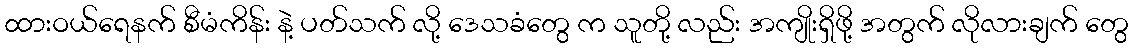
ထားဝယ်ရေနက် စီမံကိန်း နဲ့ ပတ်သက် လို့ ဒေသခံတွေ က သူတို့ လည်း အကျိုးရှိဖို့ အတွက် လိုလားချက် တွေ